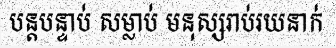
បន្តបន្ទាប់ សម្លាប់ មនុស្សរាប់រយនាក់